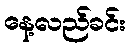
နေ့လည်ခင်း